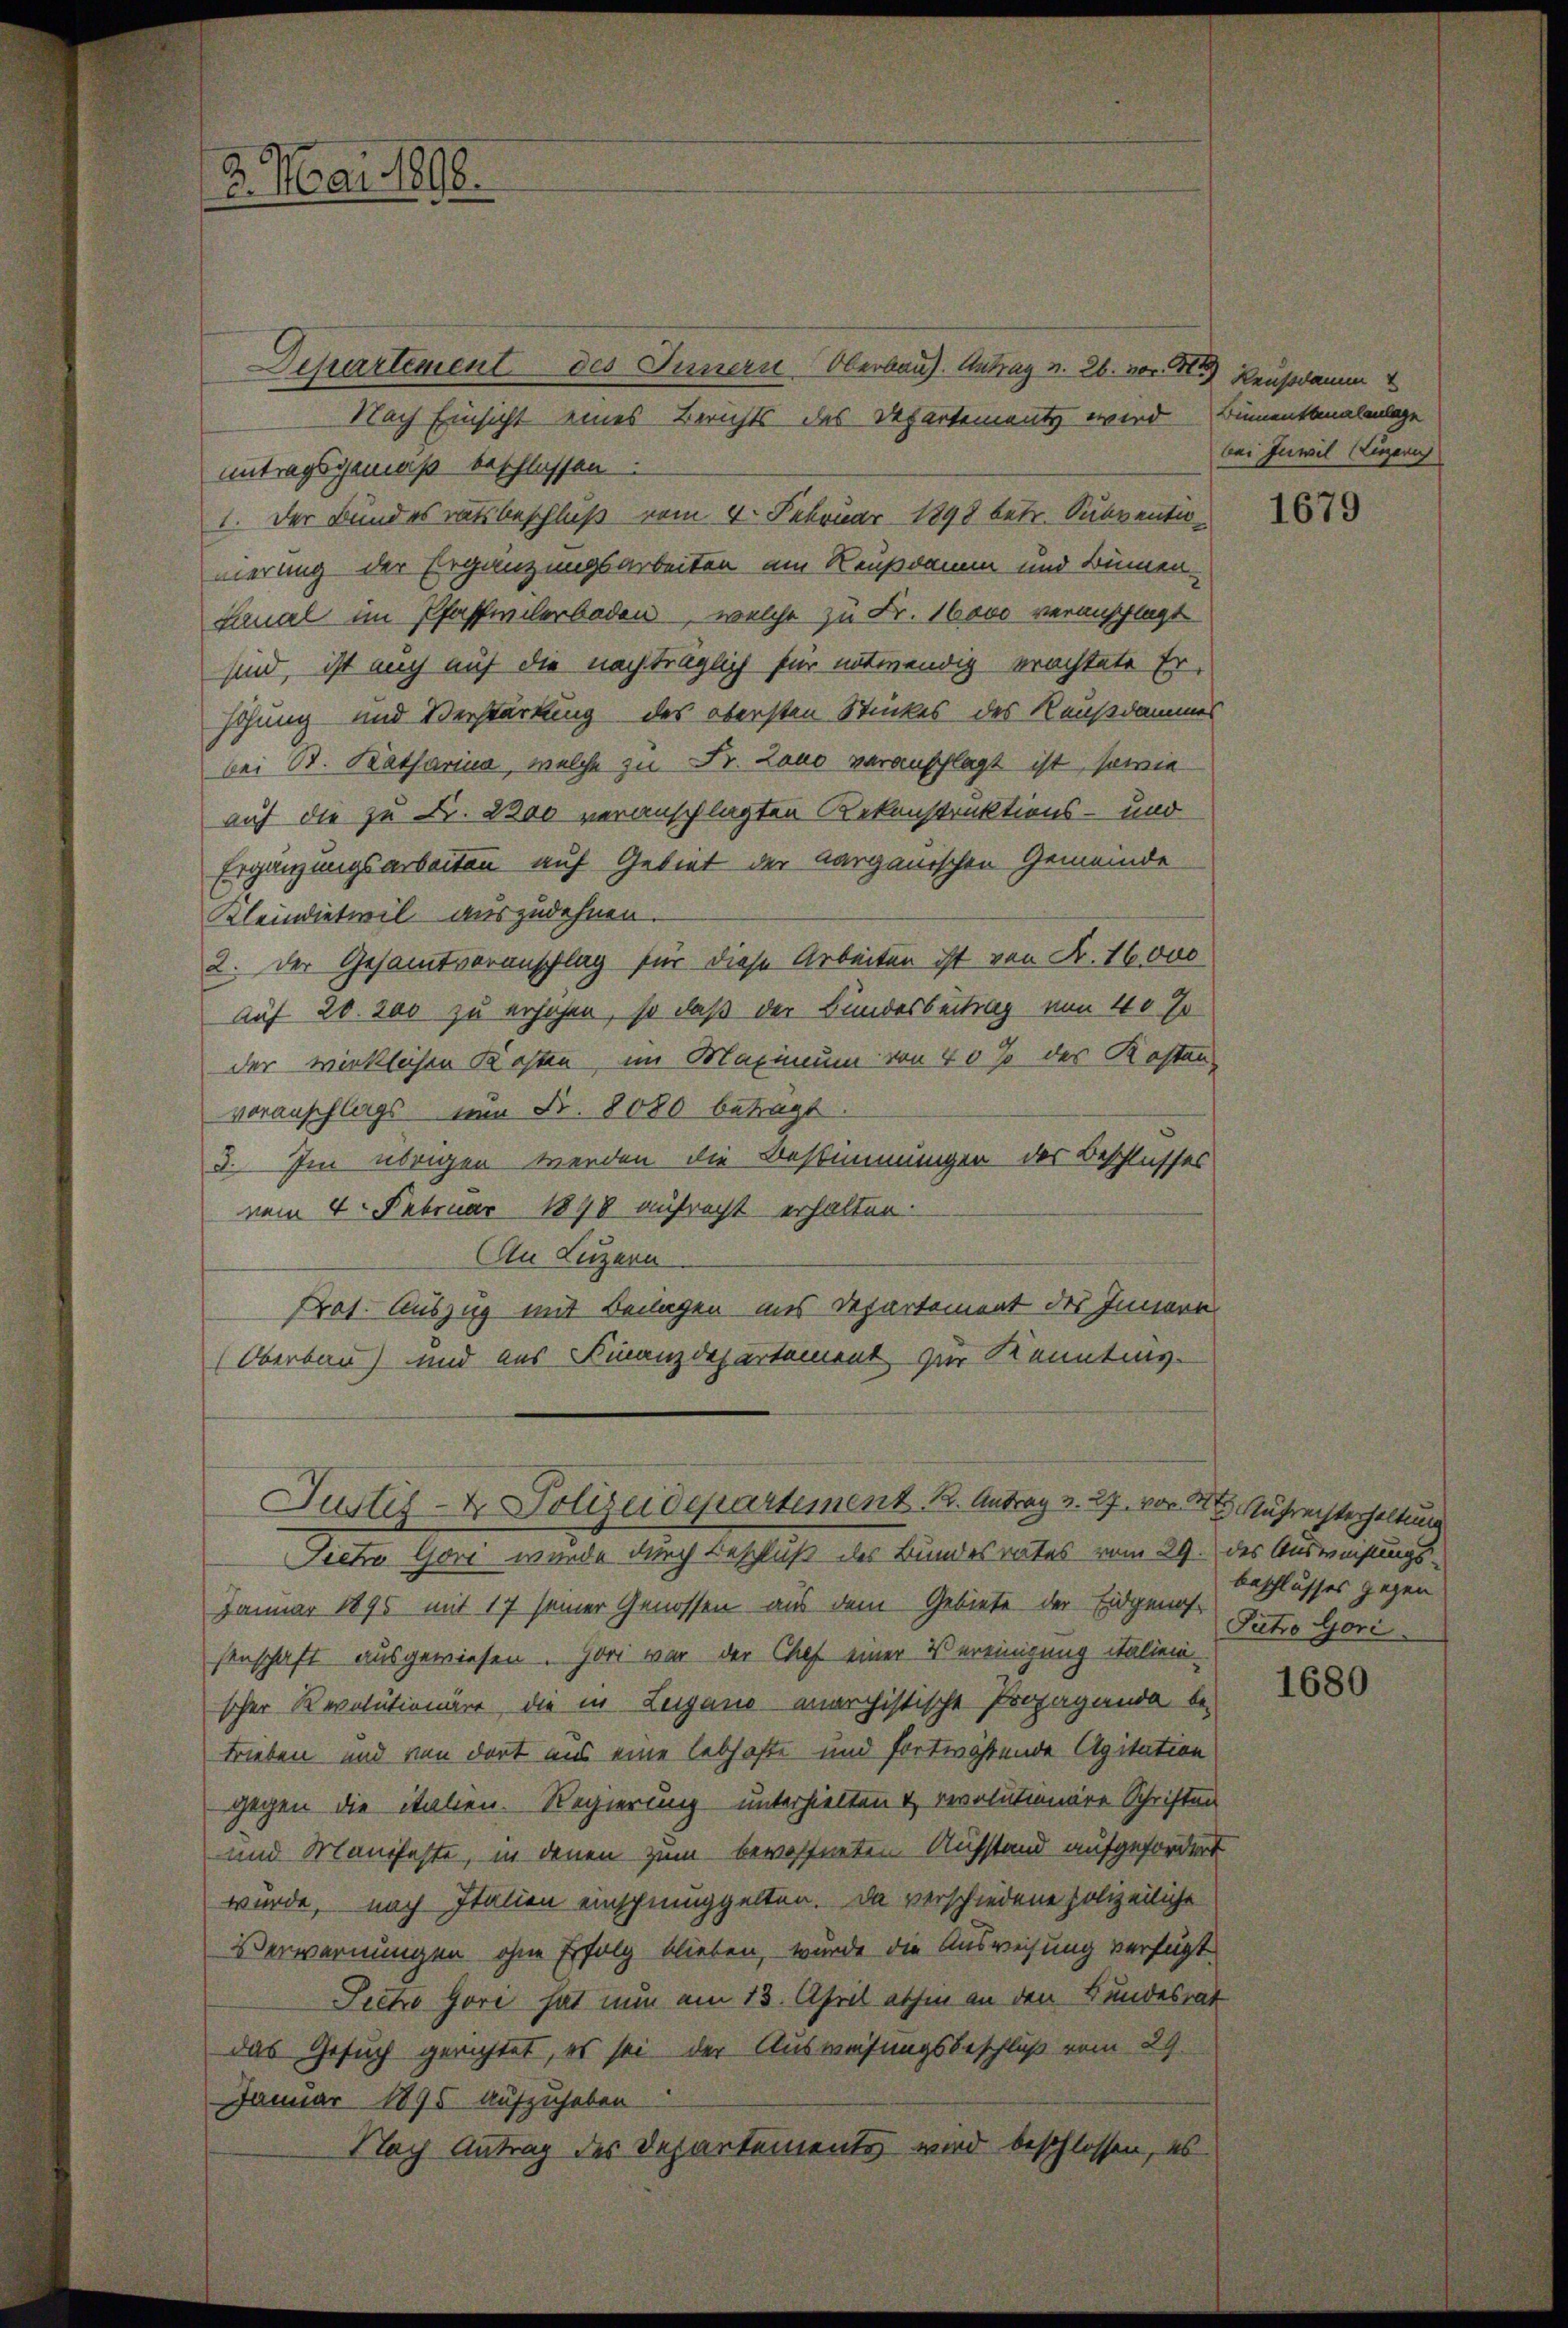
3. Mai 1898.

Departement des Innern Oberbaus. Antrag v. 26. von 4 Reussdamm
Nach Einsicht eines Berichts des Departementz wird Bümentonalenlage
Antragsgemäß beschlossen.
1. Der Bundesratsbeschluß vom 4. Februar 1898 betr. Subventunerung der Ergänzungsarbeiten am Reußdamm und Bumen
Lanal im Pfaffwilerboden, welche zu Fr. 16000 veranschlagt
sind, ist auch auf die nachträglich für notwendig erachtete Erhohung und Verstärkung des obersten Stückes des Kausammes
bei B. Katharina, welche zu Fr. Zano veranschlagt ist, sowie
auf die zu Fr. 2800 veranschlagten Rekonstruktions- und
Ergänzungsarbeiten auf Gebiet der Aargauischen Gemeinde
Kleindietwil auszudehnen.
2. Der Gesamtveranschlag für diese Arbeiten ist von Fr. 16000
auf 20. 200 zu erhöhen, so daß der Bundesbeitrag von 40 J
der wirklichen Kosten, im Maximum von 40% des Kosten-
voranschlags nun Nr. 8080 betragt
3. Im übrigen werden die Bestimmungen der Beschlusses
vom 4. Februar 1848 aufrecht erhalten.
An Luzern
Prof. Auszug mit Beilagen aus Departement des Innern
Oberbau) und aus Finanzdepartement zur Kenntnis-
Justiz- & Polizeidepartement 12. Antrag v. 27. von 2 t Aufrechterhaltung
Siche Gori wurde durch Beschluß des Bundesrates vom 29. des Ausweisungs¬
Januar 1895 mit 17 seiner Genossen aus dem Gebiete der Eidgenossenschaft ausgewiesen. Höri war der Chef einer Vereinigung italien
scher Revolutionär, die in Leigano marchistische Propaganda be-
trieben und von dort aus eine lebhafte und fortwährende Agitation
gegen die italien. Regierung unterhielten & revolutionäre Schriften
und Manifeste, in denen zum bewöffneten Aufstand aufgefordert
würde, nach Italien einschmuggelten. Da verschiedene Polizeiliche
Verwarnungen ohne Erfolg blieben, wurde die Ausweisung verfügt
Sietro Gori hat nun am 13. April abhin an den Bundesrat
das Gesuch gerichtet, es sei der Ausweisungsbeschluß vom 29.
Januar 1895 aufzuheben
Nach Antrag des Departementes wird beschlossen, es

bei Inwil (Luzern

1679

beschlusses gegen
Putro Gori.

1680